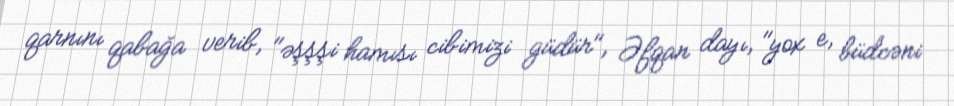
qarnını qabağa verib, "əşşşi hamısı cibimizi güdür", Əfqan dayı, "yox e, büdcəni